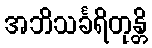
အဘိသင်္ခရိတုန္တိ